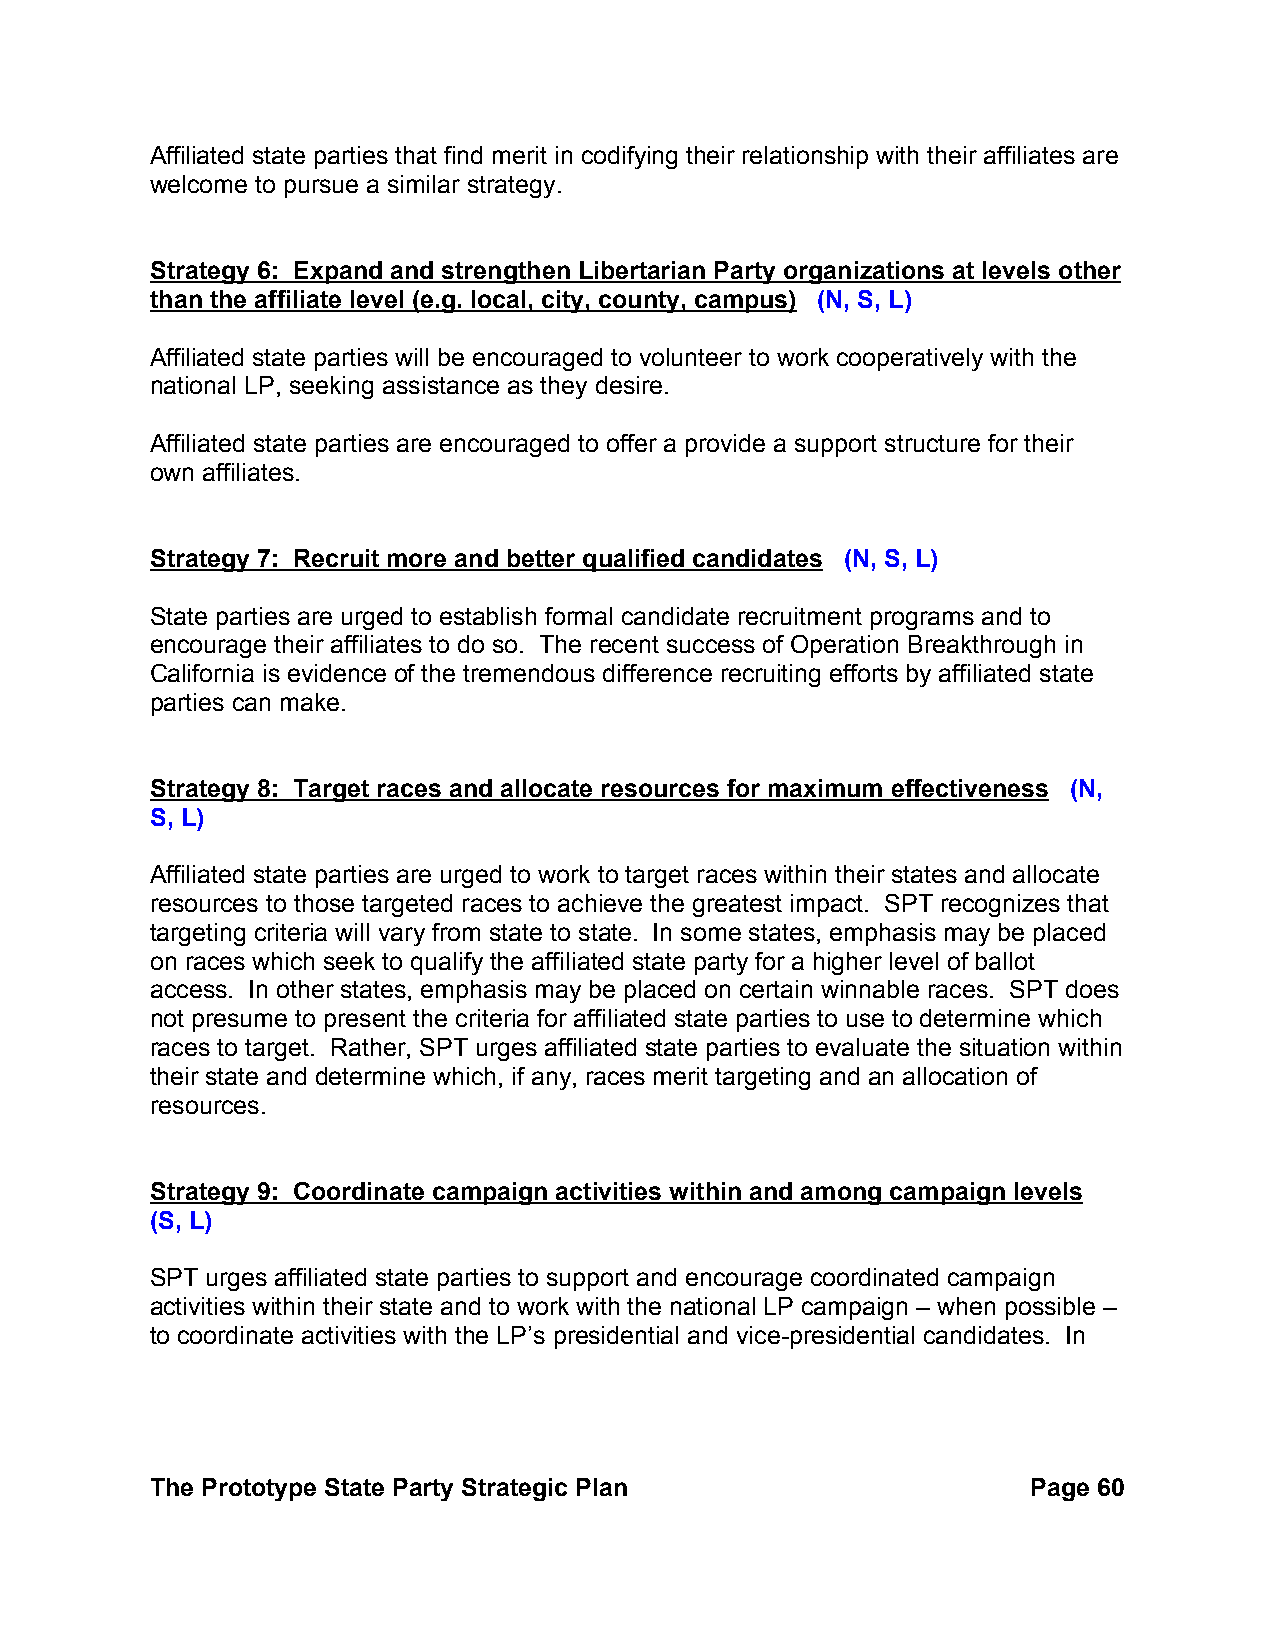
Affiliated state parties that find merit in codifying their relationship with their affiliates are
 welcome to pursue a similar strategy.
 Strategy 6: Expand and strengthen Libertarian Party organizations at levels other
 than the affiliate level (e.g. local, city, county, campus) (N, S, L)
 Affiliated state parties will be encouraged to volunteer to work cooperatively with the
 national LP, seeking assistance as they desire.
 Affiliated state parties are encouraged to offer a provide a support structure for their
 own affiliates.
 Strategy 7: Recruit more and better qualified candidates (N, S, L)
 State parties are urged to establish formal candidate recruitment programs and to
 encourage their affiliates to do so. The recent success of Operation Breakthrough in
 California is evidence of the tremendous difference recruiting efforts by affiliated state
 parties can make.
 Strategy 8: Target races and allocate resources for maximum effectiveness (N,
 S, L)
 Affiliated state parties are urged to work to target races within their states and allocate
 resources to those targeted races to achieve the greatest impact. SPT recognizes that
 targeting criteria will vary from state to state. In some states, emphasis may be placed
 on races which seek to qualify the affiliated state party for a higher level of ballot
 access. In other states, emphasis may be placed on certain winnable races. SPT does
 not presume to present the criteria for affiliated state parties to use to determine which
 races to target. Rather, SPT urges affiliated state parties to evaluate the situation within
 their state and determine which, if any, races merit targeting and an allocation of
 resources.
 Strategy 9: Coordinate campaign activities within and among campaign levels
 (S, L)
 SPT urges affiliated state parties to support and encourage coordinated campaign
 activities within their state and to work with the national LP campaign – when possible –
 to coordinate activities with the LP’s presidential and vice-presidential candidates. In
 The Prototype State Party Strategic Plan                  Page 60